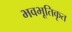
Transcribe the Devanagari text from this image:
भवभूतिकृत